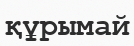
құрымай